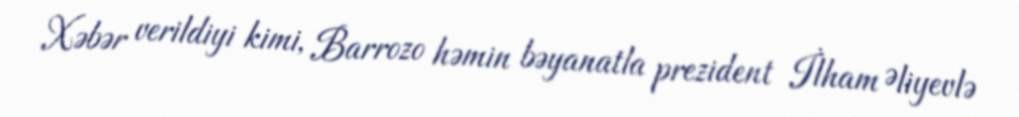
Xəbər verildiyi kimi, Barrozo həmin bəyanatla prezident İlham Əliyevlə